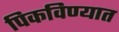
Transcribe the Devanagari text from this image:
पिकविण्यात